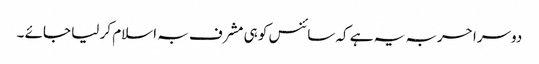
دوسرا حربہ یہ ہے کہ سائنس کو ہی مشرف بہ اسلام کر لیا جائے ۔